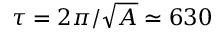
\tau = 2 \pi / \sqrt { A } \simeq 6 3 0